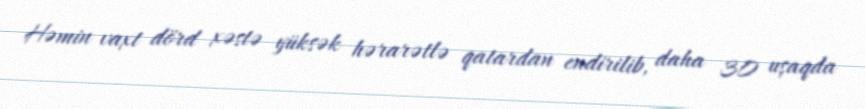
Həmin vaxt dörd xəstə yüksək hərarətlə qatardan endirilib, daha 30 uşaqda